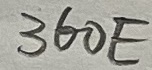
Text: 360E